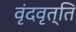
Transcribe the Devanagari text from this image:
वृंदवृत्ति